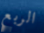
الربع